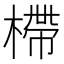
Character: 㯂